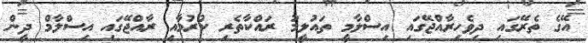
އޭގެ ތެރޭގައި ދިވެހިރާއްޖޭގައި އިސްލާމީ ތައުލީމު ރައްކާތެރި ކުރުމާއި ރާއްޖޭގައި އިސްލާމް ދީން